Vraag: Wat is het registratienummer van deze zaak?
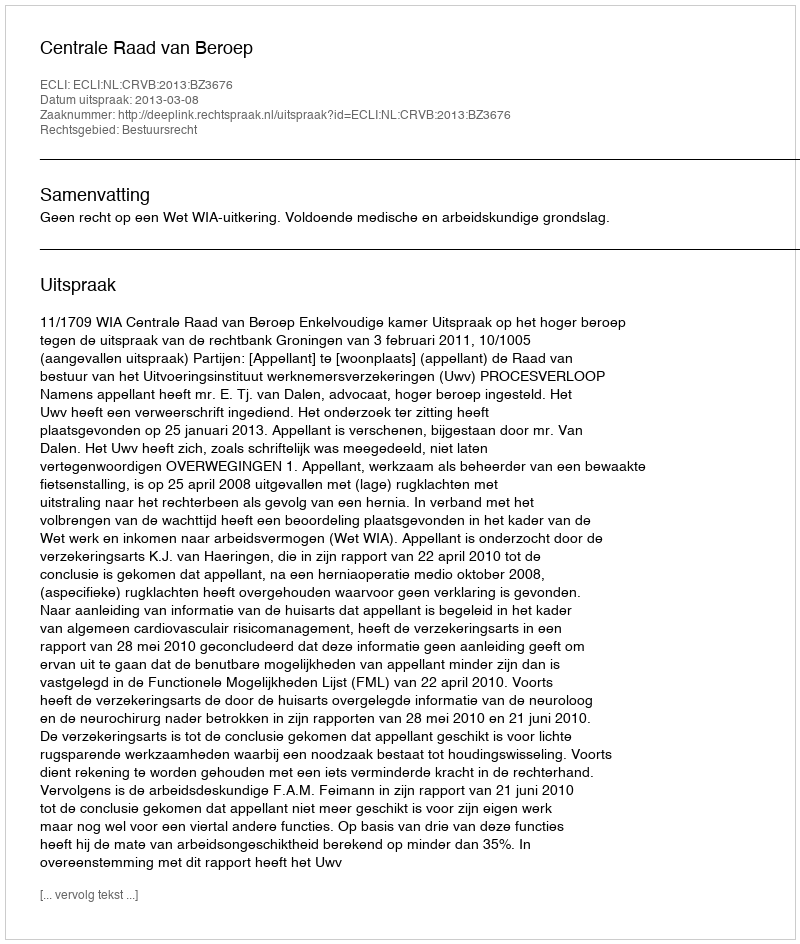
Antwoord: http://deeplink.rechtspraak.nl/uitspraak?id=ECLI:NL:CRVB:2013:BZ3676